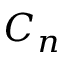
C _ { n }